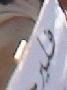
فلير